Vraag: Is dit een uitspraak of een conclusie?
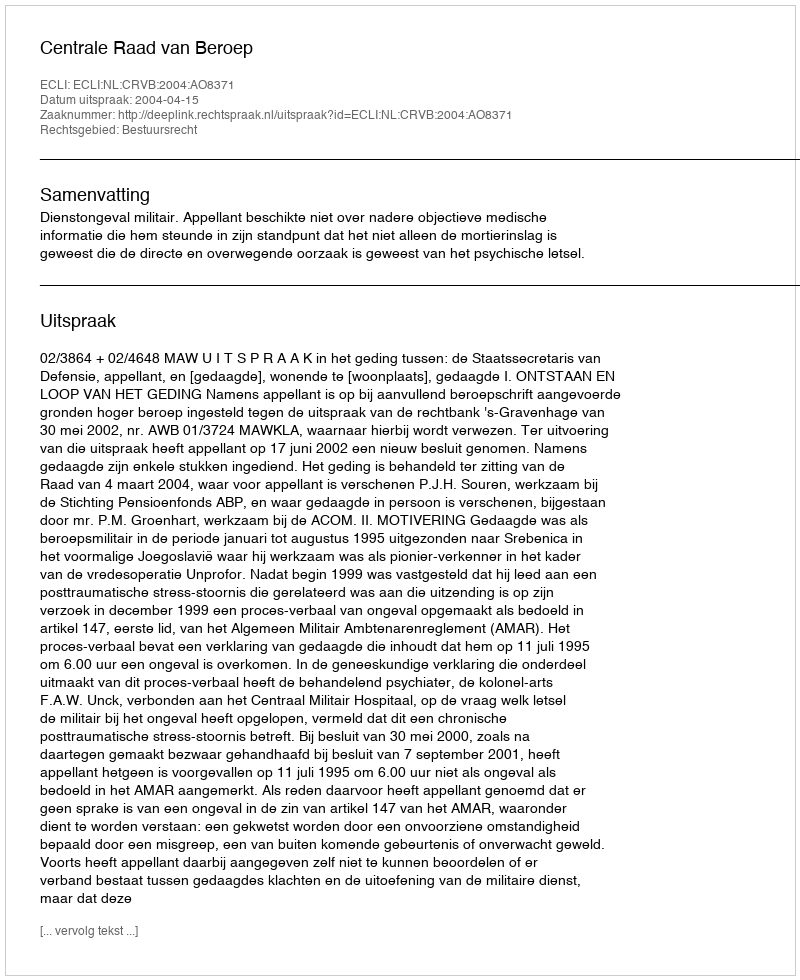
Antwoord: Uitspraak